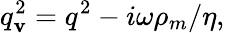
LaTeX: q_{\mathbf{v}}^{2}=q^{2}-i\omega\rho_{m}/\eta,